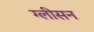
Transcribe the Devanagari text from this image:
ग्‍लीसन